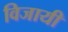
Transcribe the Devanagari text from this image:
विजायी